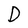
Character: D